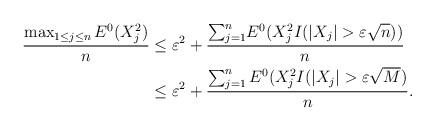
LaTeX: \begin{align*}\frac{\max_{1\leq j\leq n}E^{0}(X_{j}^{2})}{n} & \leq\varepsilon^{2}+\frac{{\sum\nolimits_{j=1}^{n}}E^{0}(X_{j}^{2}{I(|X_{j}|>\varepsilon}\sqrt{n}))}{n}\\& \leq\varepsilon^{2}+\frac{{\sum\nolimits_{j=1}^{n}E^{0}(X_{j}^{2}I(|X_{j}|>\varepsilon}\sqrt{M}{)}}{n}.\end{align*}